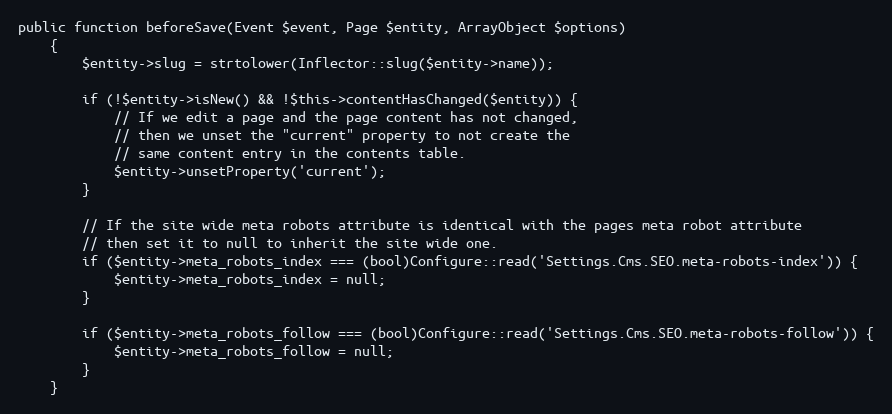
Language: PHP
public function beforeSave(Event $event, Page $entity, ArrayObject $options)
    {
        $entity->slug = strtolower(Inflector::slug($entity->name));

        if (!$entity->isNew() && !$this->contentHasChanged($entity)) {
            // If we edit a page and the page content has not changed,
            // then we unset the "current" property to not create the
            // same content entry in the contents table.
            $entity->unsetProperty('current');
        }

        // If the site wide meta robots attribute is identical with the pages meta robot attribute
        // then set it to null to inherit the site wide one.
        if ($entity->meta_robots_index === (bool)Configure::read('Settings.Cms.SEO.meta-robots-index')) {
            $entity->meta_robots_index = null;
        }

        if ($entity->meta_robots_follow === (bool)Configure::read('Settings.Cms.SEO.meta-robots-follow')) {
            $entity->meta_robots_follow = null;
        }
    }